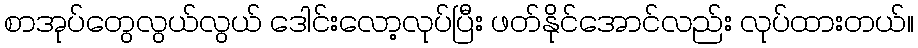
စာအုပ်တွေလွယ်လွယ် ဒေါင်းလော့လုပ်ပြီး ဖတ်နိုင်အောင်လည်း လုပ်ထားတယ်။